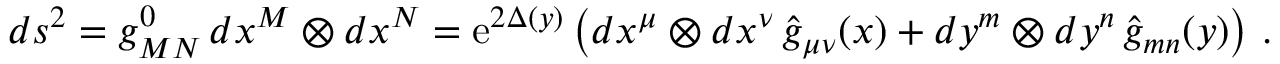
d s ^ { 2 } = g _ { M N } ^ { 0 } \, d x ^ { M } \otimes d x ^ { N } = \mathrm { e } ^ { 2 \Delta ( y ) } \left( d x ^ { \mu } \otimes d x ^ { \nu } \, \hat { g } _ { \mu \nu } ( x ) + d y ^ { m } \otimes d y ^ { n } \, \hat { g } _ { m n } ( y ) \right) \, .